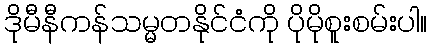
ဒိုမီနီကန်သမ္မတနိုင်ငံကို ပိုမိုစူးစမ်းပါ။